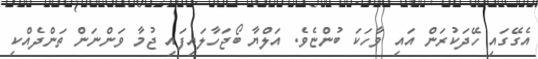
އެގޭގައި ހޭދަކުރަން އައި ވާހަކަ ބުންޏެވެ. އަލްޔާ ބޯޖަހާލައިފައި ޖުމާ ވަންނަން ތަންދެއްކި